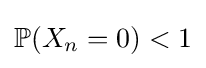
\mathbb {P} (X_{n}=0)<1